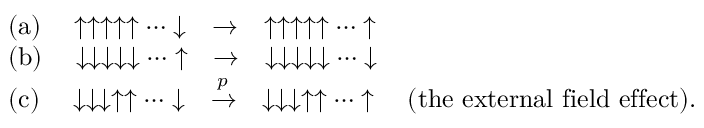
\begin{array} { r l } & { \mathrm { ( a ) } \quad \uparrow \uparrow \uparrow \uparrow \uparrow \cdots \downarrow \quad \rightarrow \quad \uparrow \uparrow \uparrow \uparrow \uparrow \cdots \uparrow } \\ & { \mathrm { ( b ) } \quad \downarrow \downarrow \downarrow \downarrow \downarrow \cdots \uparrow \quad \rightarrow \quad \downarrow \downarrow \downarrow \downarrow \downarrow \cdots \downarrow } \\ & { \mathrm { ( c ) } \quad \downarrow \downarrow \downarrow \uparrow \uparrow \cdots \downarrow \quad \xrightarrow [ ] { p } \quad \downarrow \downarrow \downarrow \uparrow \uparrow \cdots \uparrow \quad ( \mathrm { t h e ~ e x t e r n a l ~ f i e l d ~ e f f e c t } ) . } \end{array}